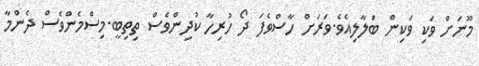
މޫނަށް ވަކި ވަކިން ބަލާލިއެވެ.ވަރަށް ހާސްވެފަ ދޯ ހުރިހާ ކުދިންވެސް ތިތިބީ.މިސްމެންވެސް ދެންމާ